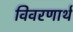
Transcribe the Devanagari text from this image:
विवरणार्थ